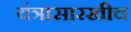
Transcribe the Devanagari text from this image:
यंत्रासारखीच